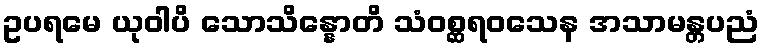
ဥပရမေ ယုဝါပိ သောသိန္နောတိ သံဝစ္ဆရဝသေန အသာမန္တပညံ